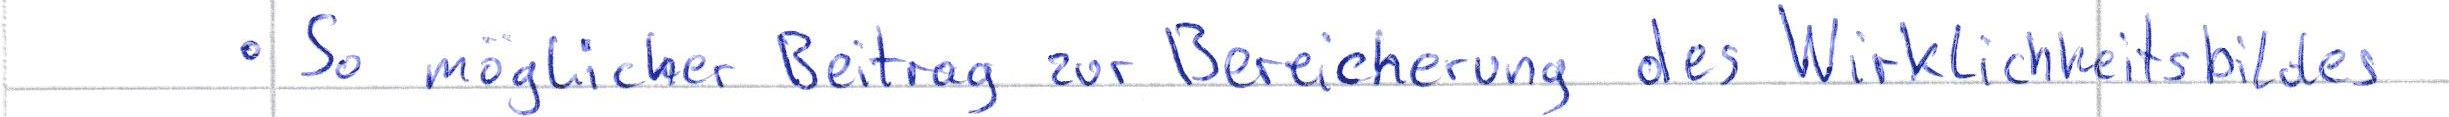
- So möglicher Beitrag zur Bereicherung des Wirklichkeitsbildes